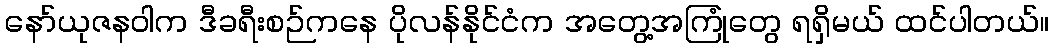
နော်ယုဇနဝါက ဒီခရီးစဉ်ကနေ ပိုလန်နိုင်ငံက အတွေ့အကြုံတွေ ရရှိမယ် ထင်ပါတယ်။